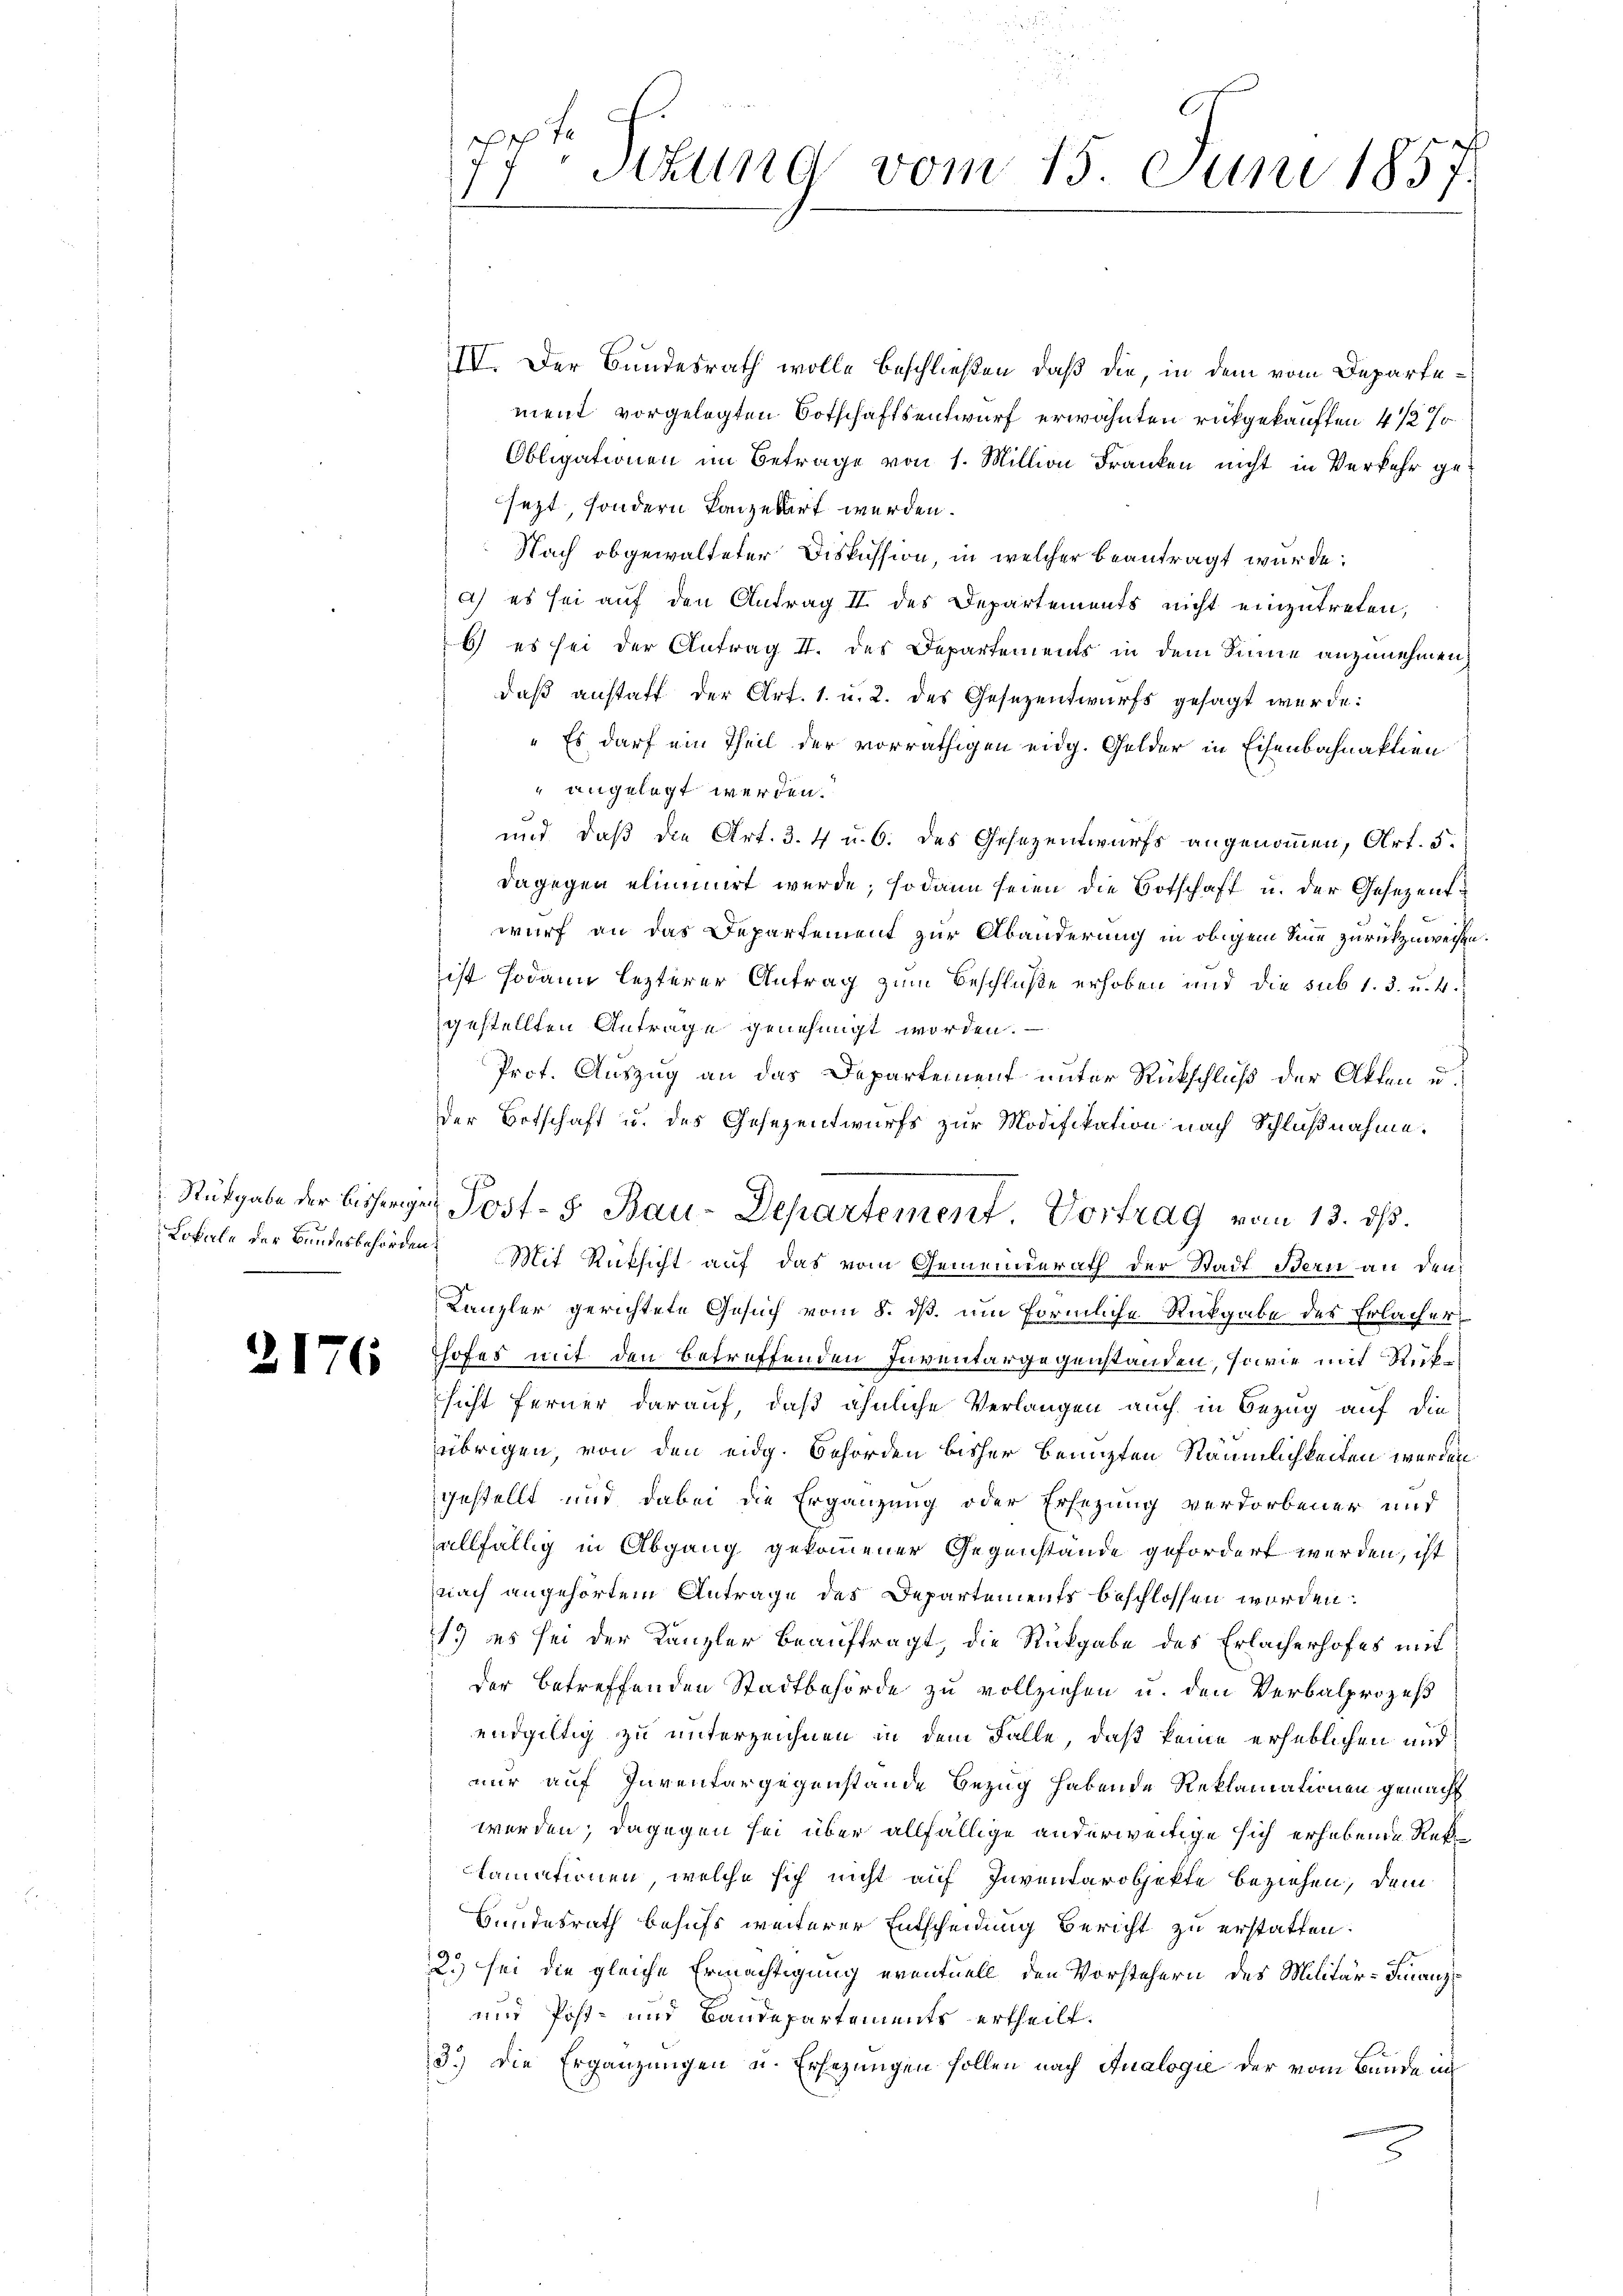
2176

77t Sekung vom 15. Juni 1857.

IV. Der Bundesrath wolle beschließen, daß die, in dem vom Departement vorgelegten Botschaftsentwurf erwähnten rückgekauften 4 1/2 %
Obligationen im Betrage von 1. Million Franken nicht in Verkehr gesezt, sondern Kanzedirt werden.
Nach obgewalteter Diskussion, in welcher beantragt wurde:
a) es sei auf den Antrag II des Departements nicht einzutreten,
6) es sei der Antrag II. des Departements in dem Sinne anzunehmen,
daß anstatt der Art. 1. u. 2. des Gesezentwurfs gesagt werde:
" Es darf ein Theil der vorräthigen eidg. Gelder in Eisenbahnaktien
" angelegt werden.
und daß die Art. 3. 4 u. 6. des Gesezentwurfs angenommen, Art. 5.
dagegen eliminirt werde; sodann seien die Botschaft u. der Gesezent
wurf an das Departement zur Abänderung in obigem Sinne zurückzuweisen.
ist sodann lezterer Antrag zum Beschluße erhoben und die sub 1. 3. u. 4.
gestellten Antrage genehmigt worden.
Prof. Auszug an das Departement unter Rückschluß der Akten u.
der Botschaft u. des Gesezentwurfs zur Modifikation nach Schlußnahme.
Lokale der Bundesbehörden. Mit Rücksicht auf das vom Gemeinderath der Stadt Bern an den
Kanzler gerichtete Gesuch vom 8. ds. um förmliche Rückgabe des Erlacher
hofes mit den betreffenden Inventargegenstanden, sowie mit Rücksicht ferner darauf, daß ähnliche Verlangen auch in Bezug auf die
übrigen, von den eidg. Behörden bisher benuzten Räumlichkeiten werden
gestellt und dabei die Ergänzung oder Ersezung verdorbener und
allfällig in Abgang gekommener Gegenstände gefordert werden, ist
nach angehörtem Antrage des Departements beschlossen worden.
1. es sei der Kanzler beauftragt, die Rückgabe des Erlacherhofes mit
der betreffenden Stadtbehörde zu vollziehen u. den Verbalprozeß
endgültig zu unterzeichnen in dem Falle, daß keine erheblichen und
nur auf Inventargegenstände Bezug habende Reklamationen gemacht
werden; dagegen sei über allfällige anderweitige sich erhebende Reklamationen, welche sich nicht auf Inventarobjekte beziehen, dem
Hundesrath behufs weiterer Entscheidung Bericht zu erstatten.
2.) sei die gleiche Ermächtigung eventuell den Vorstehern des Militär-Finanz¬
und Post- und Baudepartements ertheilt.
3.) Die Ergänzungen u. Ersezungen sollen nach Analogie der vom Bunde in

Rükgabe der bisherigen Post- 5 Bau-Departement Vortrag vom 13. ds.